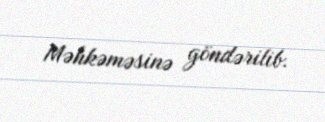
Məhkəməsinə göndərilib.